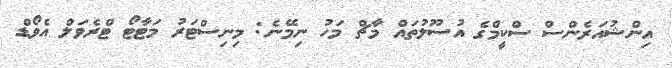
އިންޝުއަރެންސް ސްކީމްގެ އުސޫލުތައް މާޗް މަހު ނިމޭނެ: މިނިސްޓަރު މަޓާޓޯ ޓްރެވަލް އެވޯޑް